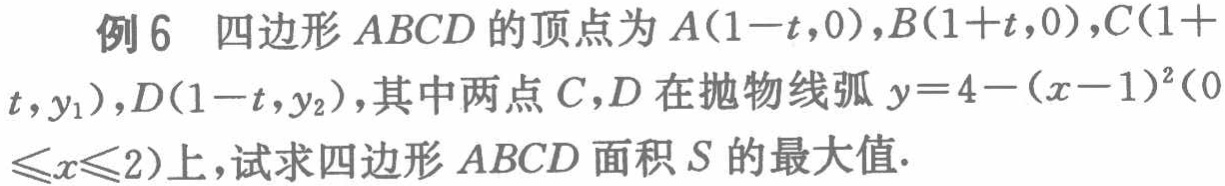
例6 四边形 \(ABCD\) 的顶点为 \(A(1 - t,0)\)，\(B(1 + t,0)\)，\(C(1 + t,y_1)\)，\(D(1 - t,y_2)\)，其中两点 \(C\)，\(D\) 在抛物线弧 \(y = 4-(x - 1)^2(0\leqslant x\leqslant 2)\) 上，试求四边形 \(ABCD\) 面积 \(S\) 的最大值.